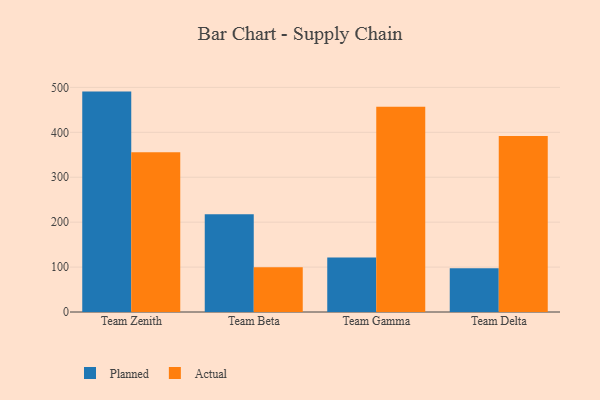
{"axis": {"x": "Team", "y": "Demand Index"}, "legend": ["Actual", "Planned"], "data": [{"x": "Team Zenith", "y": 490.6, "type": "Planned"}, {"x": "Team Zenith", "y": 355.4, "type": "Actual"}, {"x": "Team Beta", "y": 217.4, "type": "Planned"}, {"x": "Team Beta", "y": 99.4, "type": "Actual"}, {"x": "Team Gamma", "y": 121.2, "type": "Planned"}, {"x": "Team Gamma", "y": 457.0, "type": "Actual"}, {"x": "Team Delta", "y": 97.4, "type": "Planned"}, {"x": "Team Delta", "y": 391.7, "type": "Actual"}]}